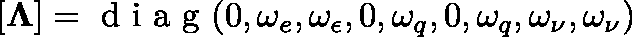
[ \mathbf { \Lambda } ] = \mathrm { ~ d ~ i ~ a ~ g ~ } ( 0 , \omega _ { e } , \omega _ { \epsilon } , 0 , \omega _ { q } , 0 , \omega _ { q } , \omega _ { \nu } , \omega _ { \nu } )